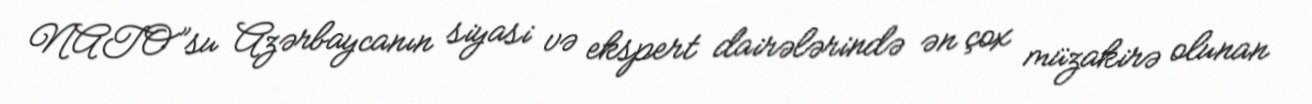
NATO”su Azərbaycanın siyasi və ekspert dairələrində ən çox müzakirə olunan